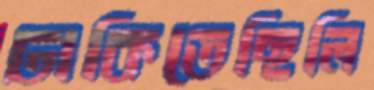
ঢাকিতেছিলি